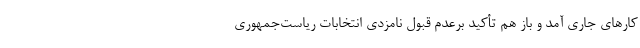
کارهای جاری آمد و باز هم تأکید برعدم قبول نامزدی انتخابات ریاست‌جمهوری